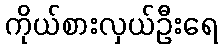
ကိုယ်စားလှယ်ဦးရေ